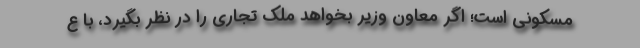
مسکونی است؛ اگر معاون وزیر بخواهد ملک تجاری را در نظر بگیرد، با ع